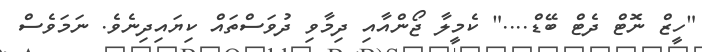
"ހީޒް ނޮޓް ދެޓް ބޭޑް...." ކެމީލާ ޖޯންއާއި ދިމާވި ދުވަސްތައް ކިޔައިދިނެވެ. ނަމަވެސް